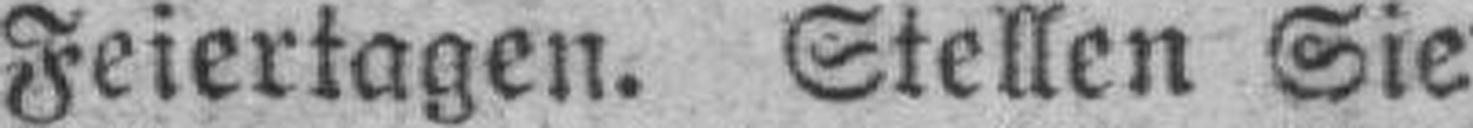
Feiertagen. Stellen Sie